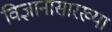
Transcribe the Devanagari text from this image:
विज्ञानासारख्या